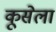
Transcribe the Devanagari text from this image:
कूसेला